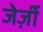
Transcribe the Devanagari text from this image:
जेर्ज़ी